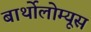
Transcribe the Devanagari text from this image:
बार्थोलोम्यूस